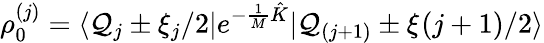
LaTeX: \rho_{0}^{(j)}=\langle\mathcal{Q}_{j}\pm\xi_{j}/2|e^{-\frac{{1}}{{M}}{\hat{{K}}}}|\mathcal{Q}_{(j+1)}\pm\xi_{}(j+1)/2\rangle